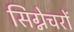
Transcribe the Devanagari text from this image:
सिग्नेचरों